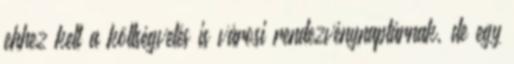
ehhez kell a költségvetés is városi rendezvénynaptárnak, de egy